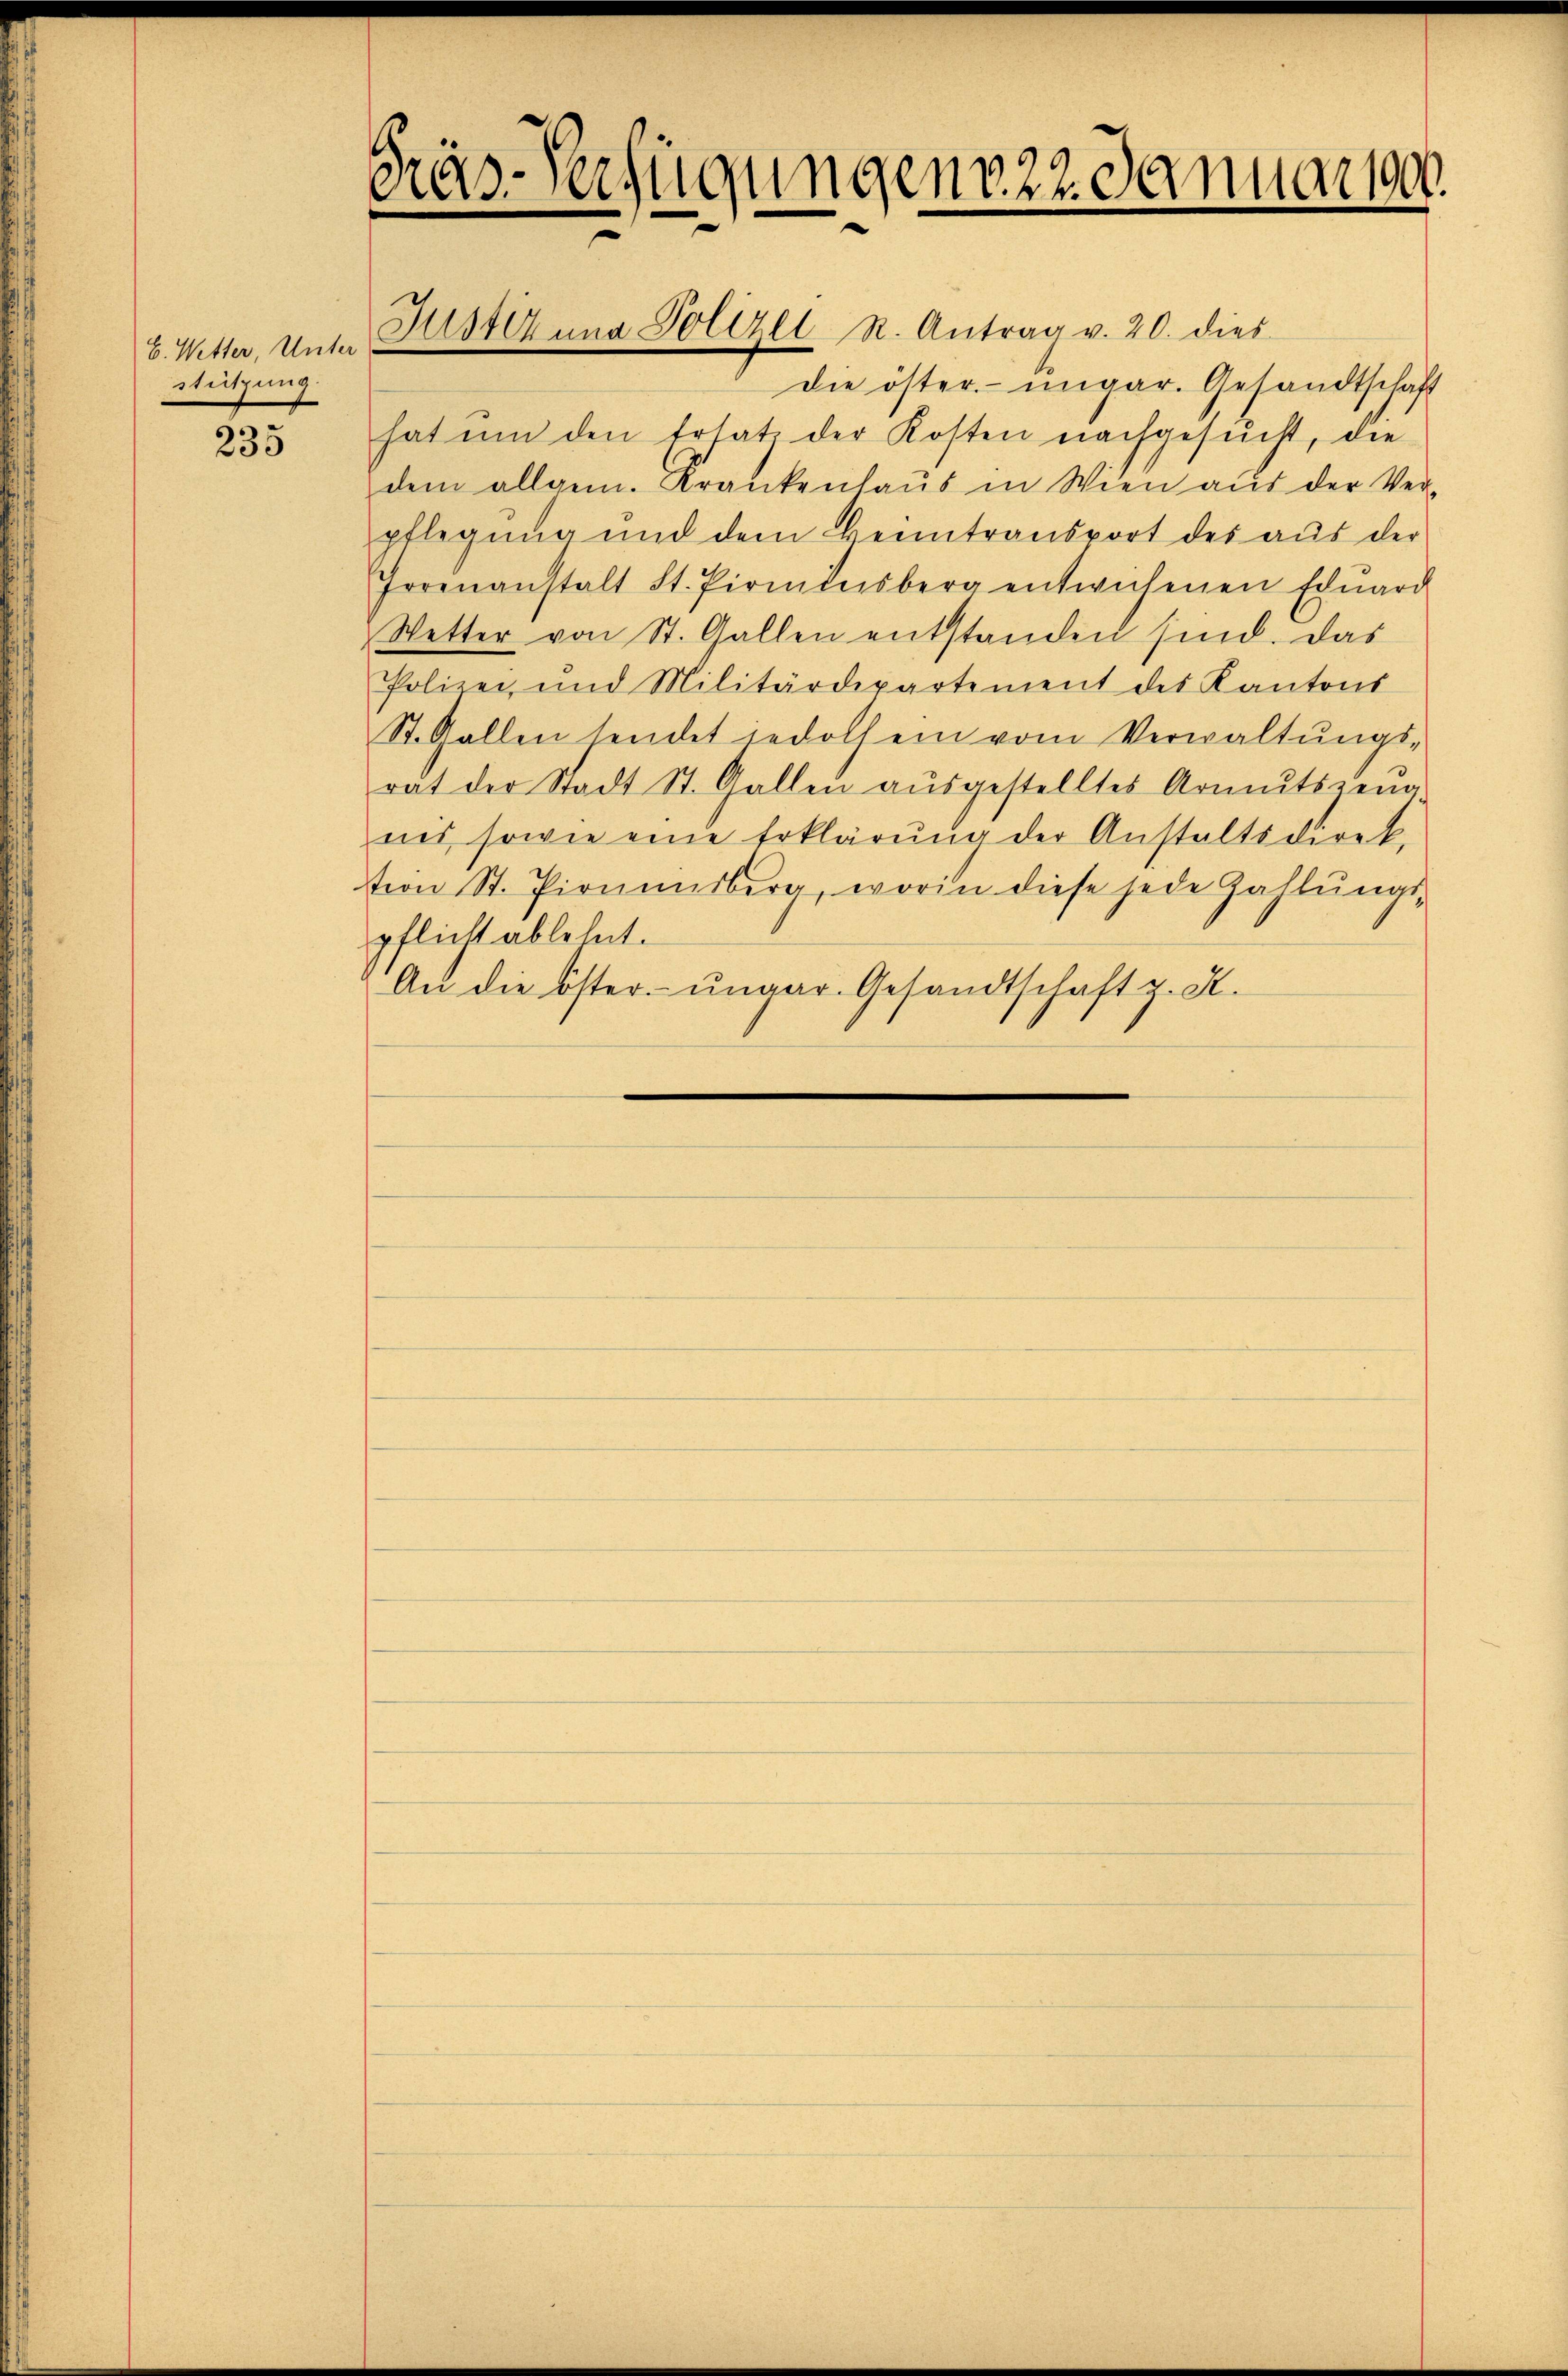
E. Wetter, Unter
Stützung.

235

die öster- ungar. Gesandtschaft
hat um den Ersatz der Kosten nachgesŭcht, die
dem allgem. Krankenhaŭs in Wien aus der Ver-
pflegŭng und dem Heimtransport des aŭs der
Irrenanstalt St. Pirminsberg entwichenen Edŭard
Wetter von St. Gallen entstanden sind. Das
Polizei und Militärdepartement des Kantons
St. Gallen sendet jedoll ein vom Verwaltŭngs-
rat der Stadt St. Gallen aŭsgestelltes Armutszeŭg-
nes, sowie eine Erklärung der Anstaltsdirek,
tion St. Pionensberg, worin diese jede Zahlŭngs-
pflicht ablehnt.
An die öster- ungar. Gesandtschaft u. A.

Gräs-Verfügungen 22. Januar 190.

Justizung Voltzel R. Antrag v. 20. dies